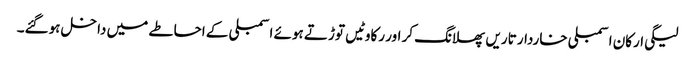
لیگی ارکان اسمبلی خاردار تاریں پھلانگ کر اور رکاوٹیں توڑتے ہوئے اسمبلی کے احاطے میں داخل ہوگئے۔